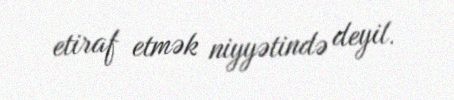
etiraf etmək niyyətində deyil.